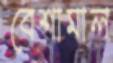
বেশামাল